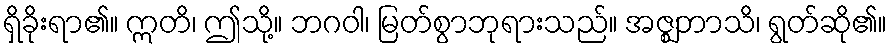
ရှိခိုးရာ၏။ ဣတိ၊ ဤသို့။ ဘဂဝါ၊ မြတ်စွာဘုရားသည်။ အဇ္ဈဘာသိ၊ ရွတ်ဆို၏။